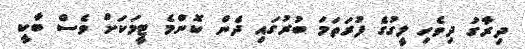
ދިރާގު ދިވެހި ލީގުގެ ފުރަތަމަ ބުރުގައި ދެން ކޮންމެ ޓީމަކަށް ވެސް ބާކީ